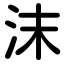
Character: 沫